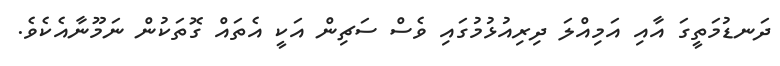
ދަނޑުމަތީގަ އާއި އަމިއްލަ ދިރިއުޅުމުގައި ވެސް ސަޗިން އަކީ އެތައް ގޮތަކުން ނަމޫނާއެކެވެ.